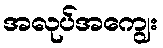
အလုပ်အကျွေး